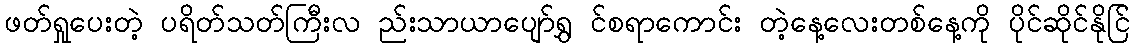
ဖတ်ရှုပေးတဲ့ ပရိတ်သတ်ကြီးလ ည်းသာယာပျော်ရွှ င်စရာကောင်း တဲ့နေ့လေးတစ်နေ့ကို ပိုင်ဆိုင်နိုင်ြ